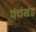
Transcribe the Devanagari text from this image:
पंचंखंड